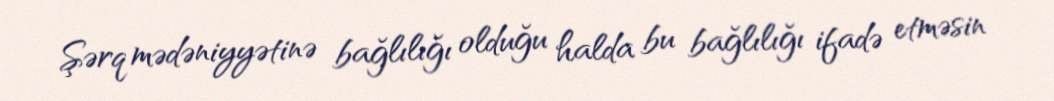
Şərq mədəniyyətinə bağlılığı olduğu halda bu bağlılığı ifadə etməsin